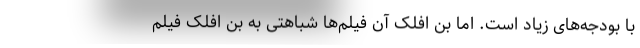
با بودجه‌های زیاد است. اما بن افلک آن فیلم‌ها شباهتی به بن افلک فیلم‌